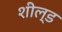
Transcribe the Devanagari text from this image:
शील्‍ड